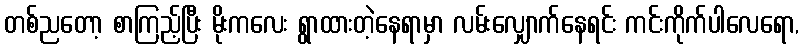
တစ်ညတော့ စာကြည့်ပြီး မိုးကလေး ရွာထားတဲ့နေရာမှာ လမ်းလျှောက်နေရင်း ကင်းကိုက်ပါလေရော,